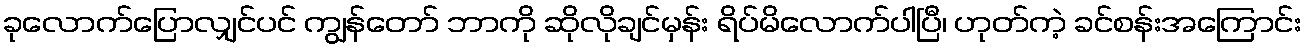
ခုလောက်ပြောလျှင်ပင် ကျွန်တော် ဘာကို ဆိုလိုချင်မှန်း ရိပ်မိလောက်ပါပြီ၊ ဟုတ်ကဲ့ ခင်စန်းအကြောင်း